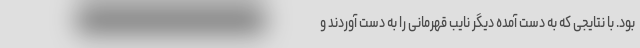
بود. با نتایجی که به دست آمده دیگر نایب قهرمانی را به دست آوردند و